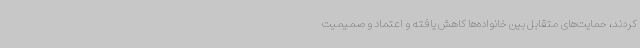
کردند، حمایت‌های متقابل بین خانواده‌ها کاهش یافته و اعتماد و صمیمیت